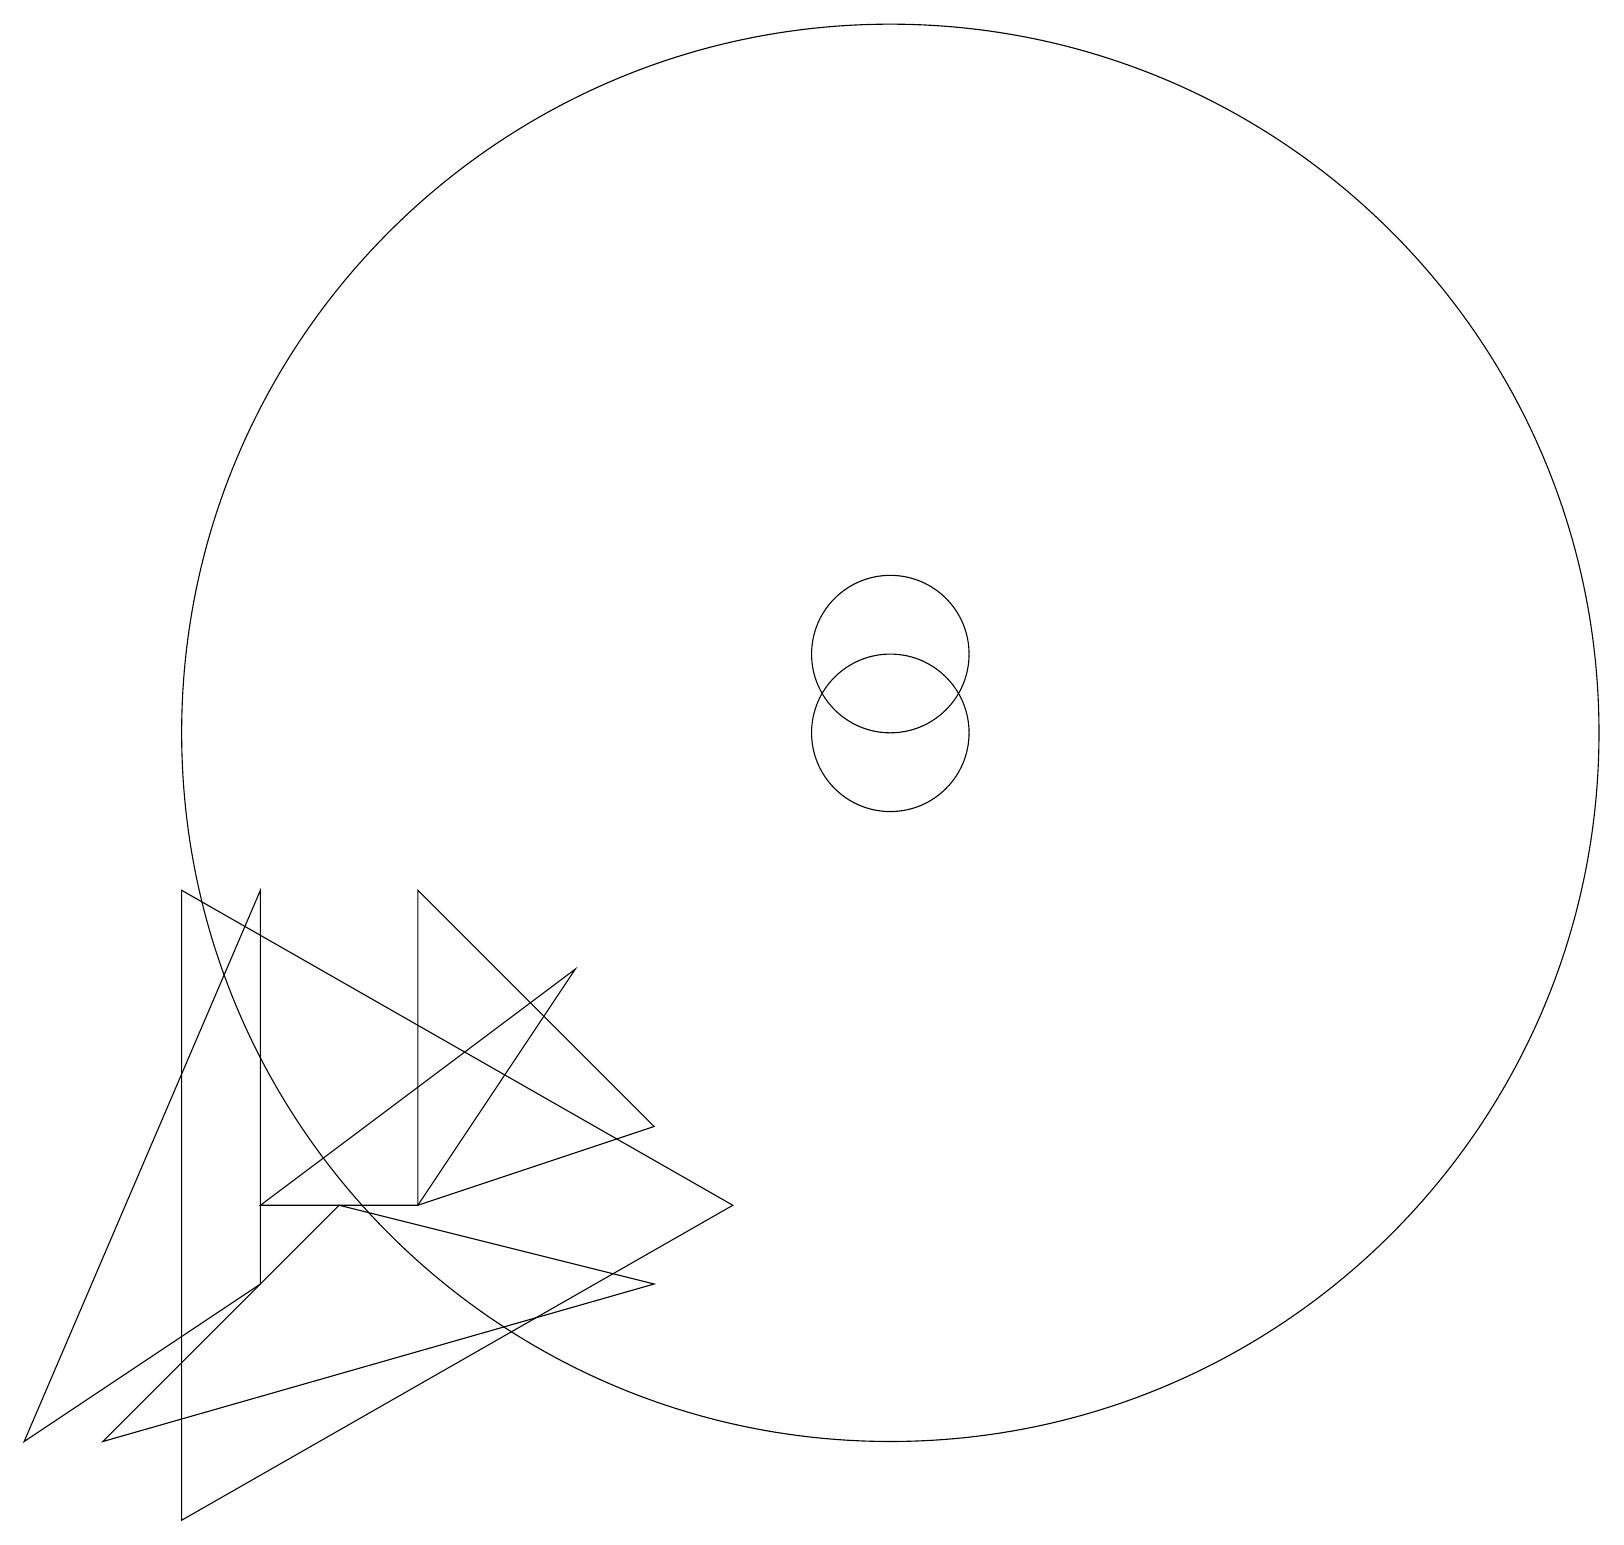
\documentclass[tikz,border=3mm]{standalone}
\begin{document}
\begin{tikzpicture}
\draw (11,11) circle (1);
\draw (4,5) -- (8,4) -- (1,2) -- cycle;
\draw (11,11) circle (9);
\draw (2,1) -- (9,5) -- (2,9) -- cycle;
\draw (11,12) circle (1);
\draw (3,9) -- (0,2) -- (3,4) -- cycle;
\draw (5,5) -- (3,5) -- (7,8) -- cycle;
\draw (8,6) -- (5,5) -- (5,9) -- cycle;
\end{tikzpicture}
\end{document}